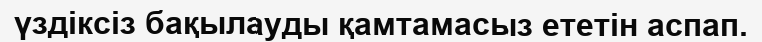
үздіксіз бақылауды қамтамасыз ететін аспап.